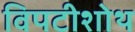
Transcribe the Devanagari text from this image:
विपटीशोथ